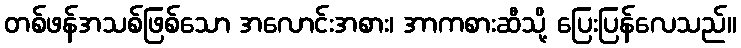
တစ်ဖန်အသစ်ဖြစ်သော အလောင်းအစား၊ အာကစားဆီသို့ ပြေးပြန်လေသည်။